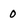
Character: 0